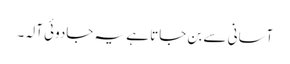
آسانی سے بن جاتا ہے یہ جادوئی آلہ۔